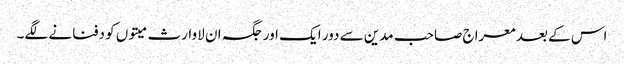
اس کے بعد معراج صاحب مدین سے دور ایک اور جگہ ان لاوارث میتوں کو دفنانے لگے۔